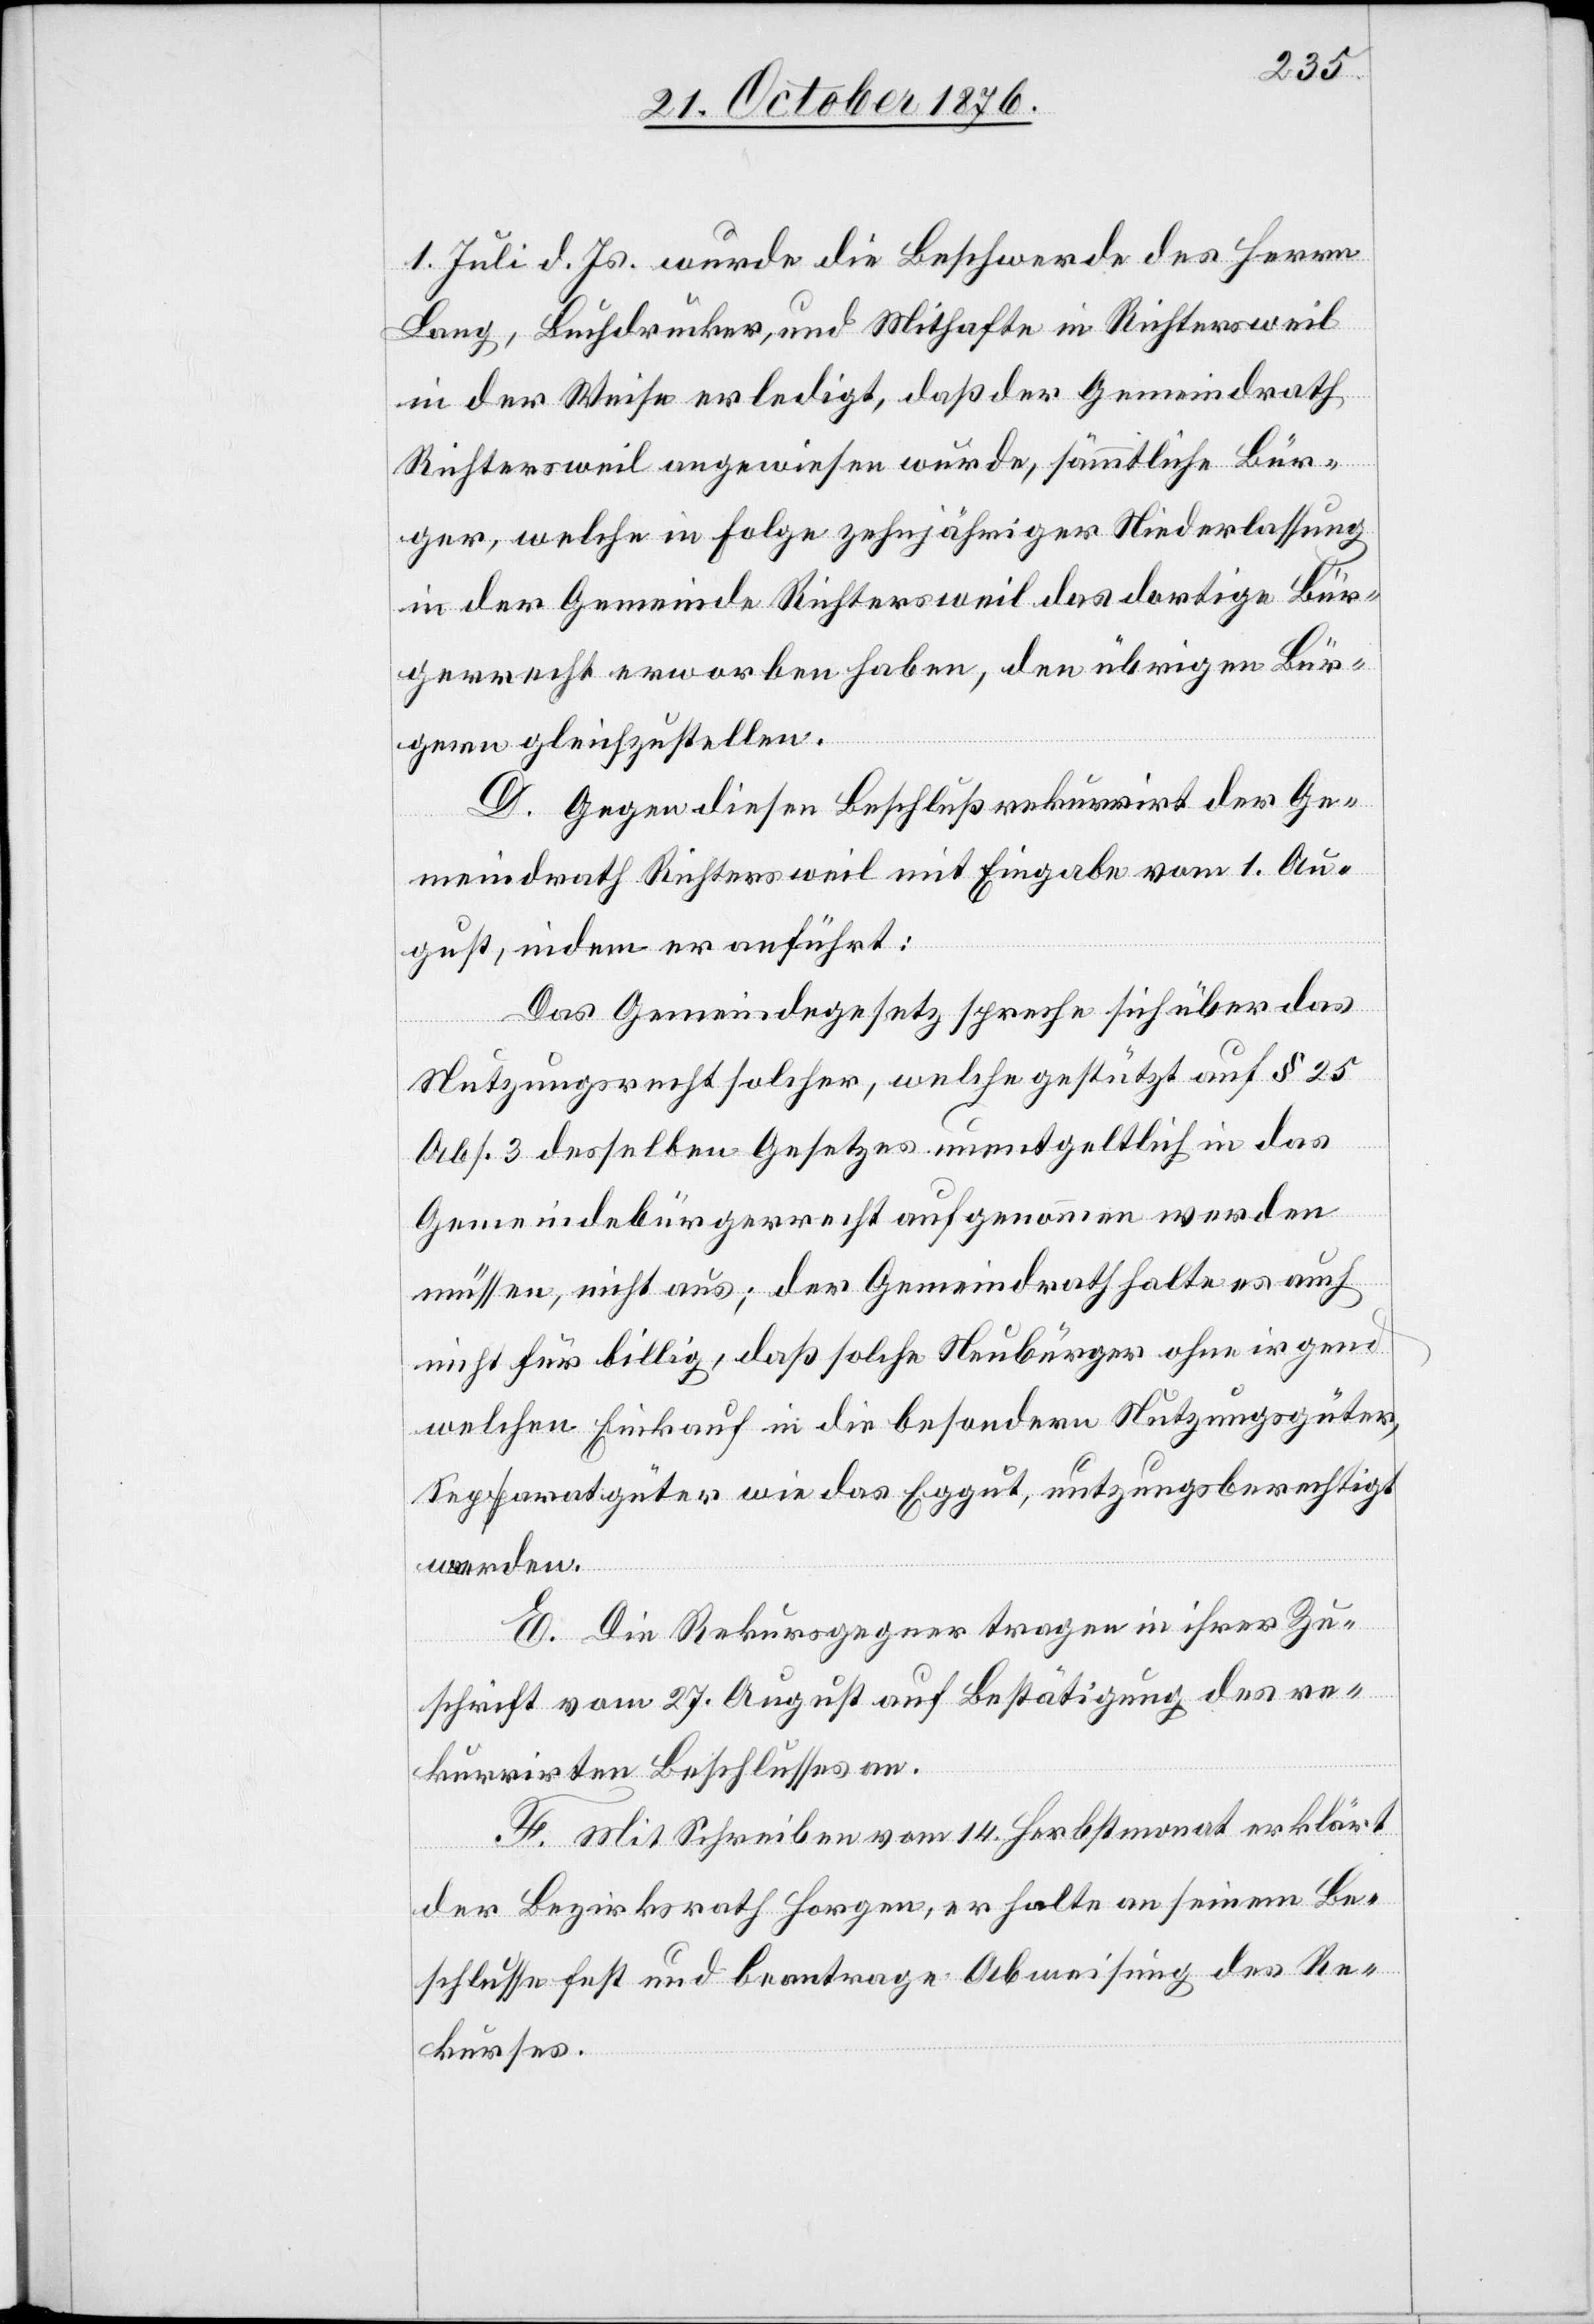
1. Juli d. Js. wurde die Beschwerde des Herrn
Lang, Buchdrucker, und Mithafte in Richtersweil
in der Weise erledigt, daß der Gemeindrath
Richtersweil angewiesen wurde, sämmtliche Bür¬
ger, welche in Folge zehnjähriger Niederlassung
in der Gemeinde Richtersweil das dortige Bür¬
gerrecht erworben haben, den übrigen Bür¬
gern gleichzustellen.
D. Gegen diesen Beschluß rekurrirt der Ge¬
meindrath Richtersweil mit Eingabe vom 1. Au¬
gust, indem er anführt:
Das Gemeindegesetz spreche sich über das
Nutzungsrecht solcher, welche gestützt auf § 25
Abs. 3 desselben Gesetzes unentgeltlich in das
Gemeindebürgerrecht aufgenommen werden
müssen, nicht aus, der Gemeindrath halte es auch
nicht für billig, daß solche Neubürger ohne irgend
welchen Einkauf in die besondern Nutzungsgüter,
Separatgüter wie das Eggut, nutzungsberechtigt
werden.
E. Die Rekursgegner tragen in ihrer Zu¬
schrift vom 27. August auf Bestätigung des re¬
kurrirten Beschlusses an.
F. Mit Schreiben vom 14. Herbstmonat erklärt
der Bezirksrath Horgen, er halte an seinem Be¬
schlusse fest und beantrage Abweisung des Re¬
kurses.